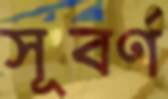
সূবর্ণ